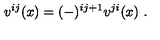
v ^ { i j } ( x ) = ( - ) ^ { i j + 1 } v ^ { j i } ( x ) \ .